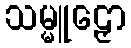
သမ္မူဠှော